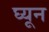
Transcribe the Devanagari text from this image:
घ्यून